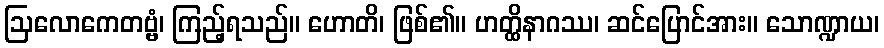
ဩလောကေတဗ္ဗံ၊ ကြည့်ရသည်။ ဟောတိ၊ ဖြစ်၏။ ဟတ္ထိနာဂဿ၊ ဆင်ပြောင်အား။ သောဏ္ဍာယ၊